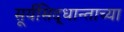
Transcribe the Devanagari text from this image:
सूर्यसिद्धान्ताच्या